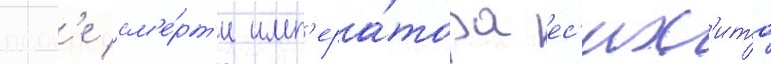
посл'е см'е́рт'и имп'ера́тора ес'их'ито